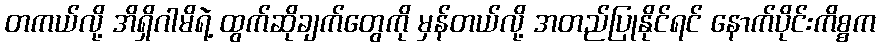
တကယ်လို့ အိရှိဂါမိရဲ့ ထွက်ဆိုချက်တွေကို မှန်တယ်လို့ အတည်ပြုနိုင်ရင် နောက်ပိုင်းကိစ္စက